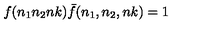
f ( n _ { 1 } n _ { 2 } n k ) { \bar { f } } ( n _ { 1 } , n _ { 2 } , n k ) = 1